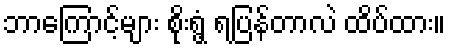
ဘာကြောင့်များ စိုးရွံ့ ရပြန်တာလဲ ထိပ်ထား။